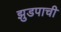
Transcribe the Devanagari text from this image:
झुडपाची